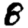
Digit: 8